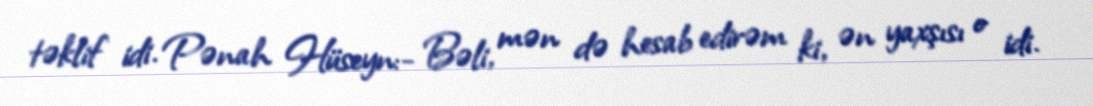
təklif idi. Pənah Hüseyn:- Bəli, mən də hesab edirəm ki, ən yaxşısı o idi.